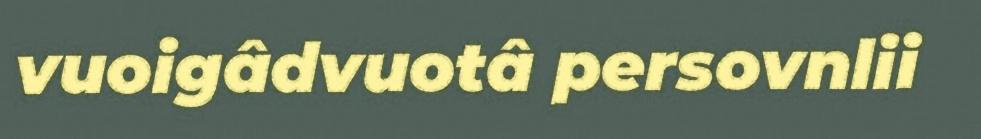
vuoigâdvuotâ persovnlii